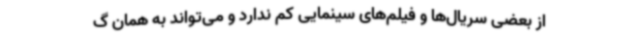
از بعضی سریال‌ها و فیلم‌های سینمایی کم ندارد و می‌تواند به همان گ